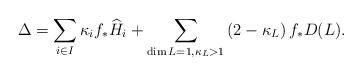
LaTeX: \begin{align*} \Delta = \sum_{i\in I} \kappa_i f_*\widehat{H}_i + \sum_{\dim L=1,\kappa_L>1} \left(2-\kappa_L\right) f_*D(L).\end{align*}